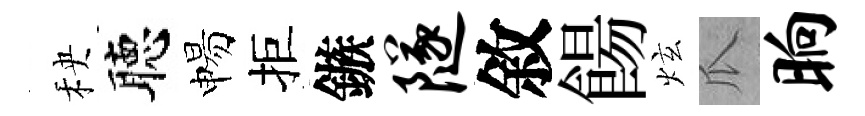
秧聴惕拒鏃隧敘餳炫瓜晌